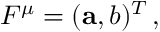
F ^ { \mu } = ( { \mathbf { a } } , b ) ^ { T } \, ,